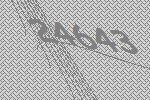
24643